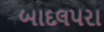
બાદલપરા